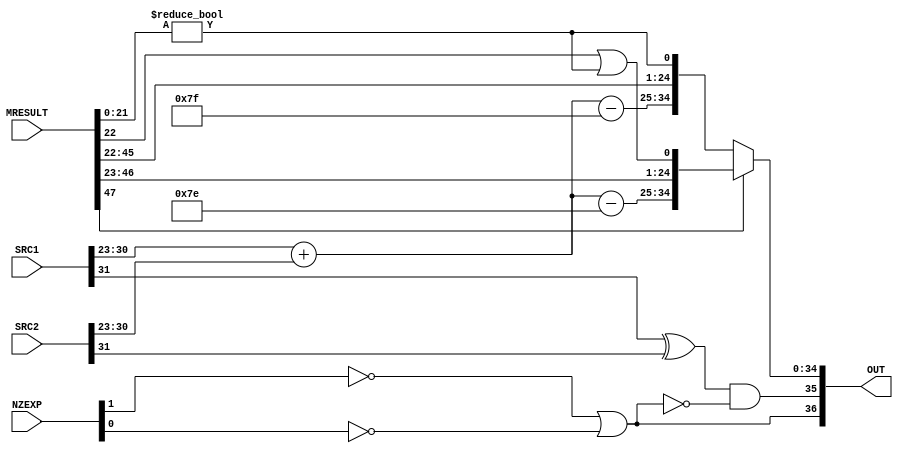
module SFPU_MUL ( SRC1, SRC2, MRESULT, NZEXP, OUT);
	input	[31:0]	SRC1,SRC2;	
	input	[47:0]	MRESULT;
	input	 [2:1]	NZEXP;		
	output	[36:0]	OUT;		
	wire  [9:0] exponent,expoh,expol;
	wire  [1:0] restlow,resthigh;
	wire 		zero,sign,orlow;
	assign zero = 	~NZEXP[2] | ~NZEXP[1];	
	assign sign = 	(SRC1[31] ^ SRC2[31]) & ~zero;
	assign orlow = 	(MRESULT[21:0] != 22'b0);
	assign restlow  = {MRESULT[22],orlow};
	assign resthigh = {MRESULT[23],(MRESULT[22] | orlow)};
	assign exponent = {2'b00,SRC1[30:23]} + {2'b00,SRC2[30:23]};
	assign expoh    = exponent - 10'h07E;
	assign expol	= exponent - 10'h07F;	
	assign OUT = MRESULT[47] ? {zero,sign,expoh,MRESULT[46:24],resthigh}
							 : {zero,sign,expol,MRESULT[45:23],restlow};
endmodule